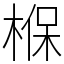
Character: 椺